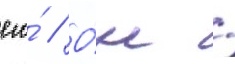
его́ // О́н /